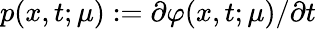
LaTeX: p(x,t;\mu):=\partial\varphi(x,t;\mu)/\partial t